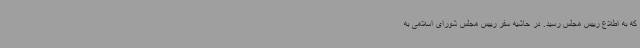
که به اطلاع رییس مجلس رسید. در حاشیه سفر رییس مجلس شورای اسلامی به